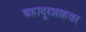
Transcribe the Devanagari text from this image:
बहादूरशाहवर